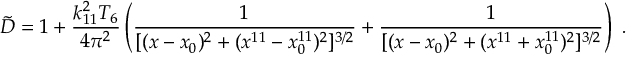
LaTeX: { \tilde { D } } = 1 + { \frac { k _ { 1 1 } ^ { 2 } T _ { 6 } } { 4 \pi ^ { 2 } } } \left( { \frac { 1 } { [ ( x - x _ { 0 } ) ^ { 2 } + ( x ^ { 1 1 } - x _ { 0 } ^ { 1 1 } ) ^ { 2 } ] ^ { 3 / 2 } } } + { \frac { 1 } { [ ( x - x _ { 0 } ) ^ { 2 } + ( x ^ { 1 1 } + x _ { 0 } ^ { 1 1 } ) ^ { 2 } ] ^ { 3 / 2 } } } \right) \ .